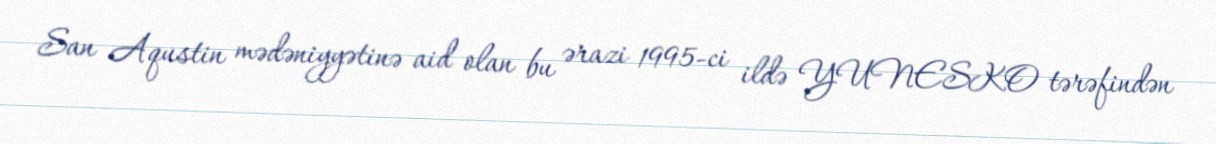
San Aqustin mədəniyyətinə aid olan bu ərazi 1995-ci ildə YUNESKO tərəfindən